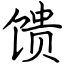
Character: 馈